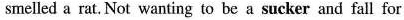
smelled a rat. Not wanting to be a sucker and fall for